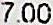
7.00